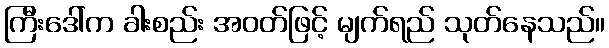
ကြီးဒေါ်က ခါးစည်း အဝတ်ဖြင့် မျက်ရည် သုတ်နေသည်။